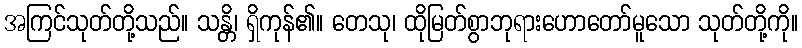
အကြင်သုတ်တို့သည်။ သန္တိ၊ ရှိကုန်၏။ တေသု၊ ထိုမြတ်စွာဘုရားဟောတော်မူသော သုတ်တို့ကို။